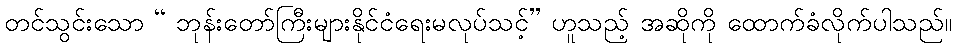
တင်သွင်းသော “ ဘုန်းတော်ကြီးများနိုင်ငံရေးမလုပ်သင့်” ဟူသည့် အဆိုကို ထောက်ခံလိုက်ပါသည်။